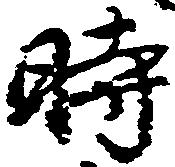
時